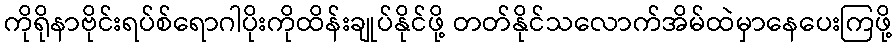
ကိုရိုနာဗိုင်းရပ်စ်ရောဂါပိုးကိုထိန်းချုပ်နိုင်ဖို့ တတ်နိုင်သလောက်အိမ်ထဲမှာနေပေးကြဖို့